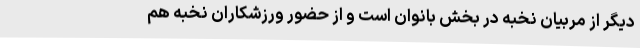
دیگر از مربیان نخبه در بخش بانوان است و از حضور ورزشکاران نخبه هم